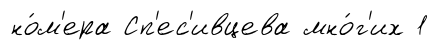
но́м'ера Сп'ес'ивцева мно́г'их 1